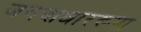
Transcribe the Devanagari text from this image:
जगदाधाररूपा